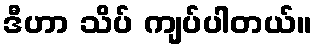
ဒီဟာ သိပ် ကျပ်ပါတယ်။